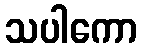
သပါကော